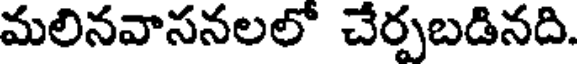
మలినవాసనలలో చేర్పబడినది.